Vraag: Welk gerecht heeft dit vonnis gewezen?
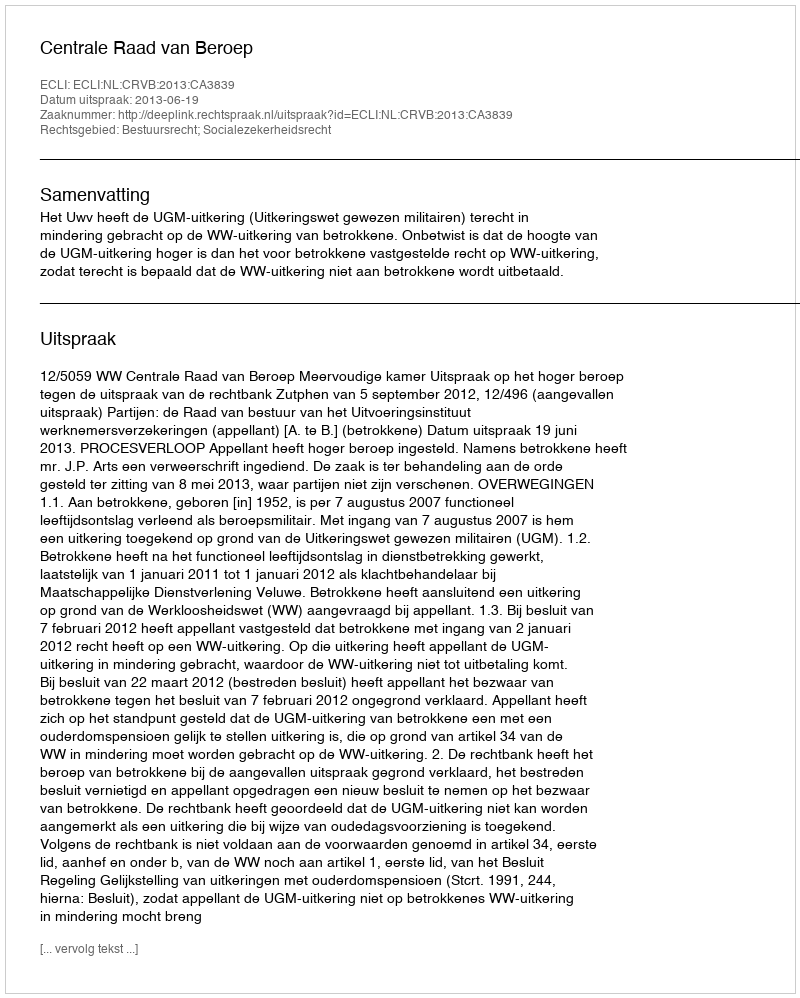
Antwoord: Centrale Raad van Beroep